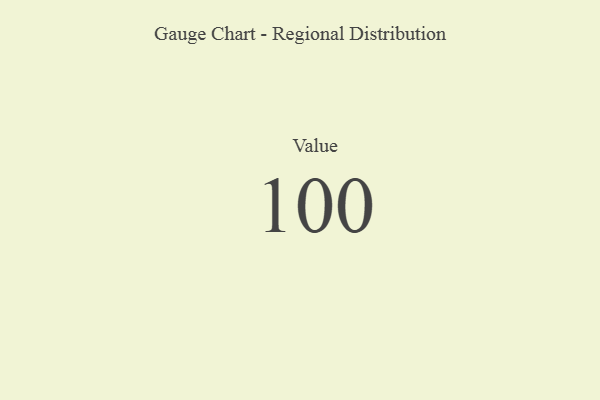
{"axis": {"x": "Metric", "y": "Value"}, "legend": [""], "data": [{"x": "Value", "y": 100, "type": ""}]}